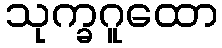
သုက္ခဂူထော